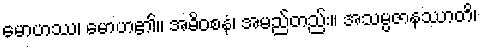
မောဟဿ၊ မောဟ၏။ အဓိဝစနံ၊ အမည်တည်း။ အသမ္ပဇာနဿာတိ၊